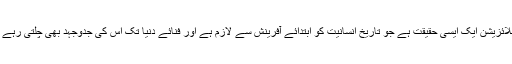
گلوبلائزیشن ایک ایسی حقیقت ہے جو تاریخ انسانیت کو ابتدائے آفرینش سے لازم ہے اور فنائے دنیا تک اس کی جدوجہد بھی چلتی رہے گی۔